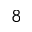
_ { 8 }